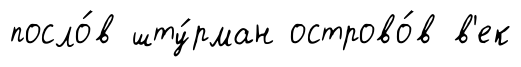
посло́в шту́рман острово́в в'ек